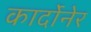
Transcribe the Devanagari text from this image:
कार्दोनेर